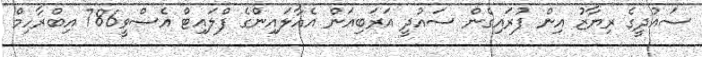
ސައުދީގެ ރިޔާޒު އިން ފުރައިގެން ސައުދީ އަރަބިއަން އެއާލައިންގެ ފްލައިޓް އެސްވީ786 އިބްރާހިމް